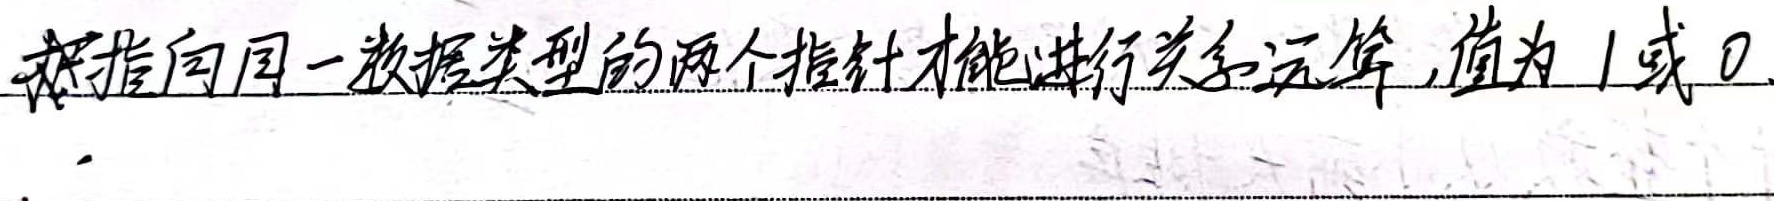
只有指向同一数据类型的两个指针才能进行关系运算，值为1或0。